Plague in India, 1896, 1897 - Volume 1
Year: 1896
Disease focus: Plague
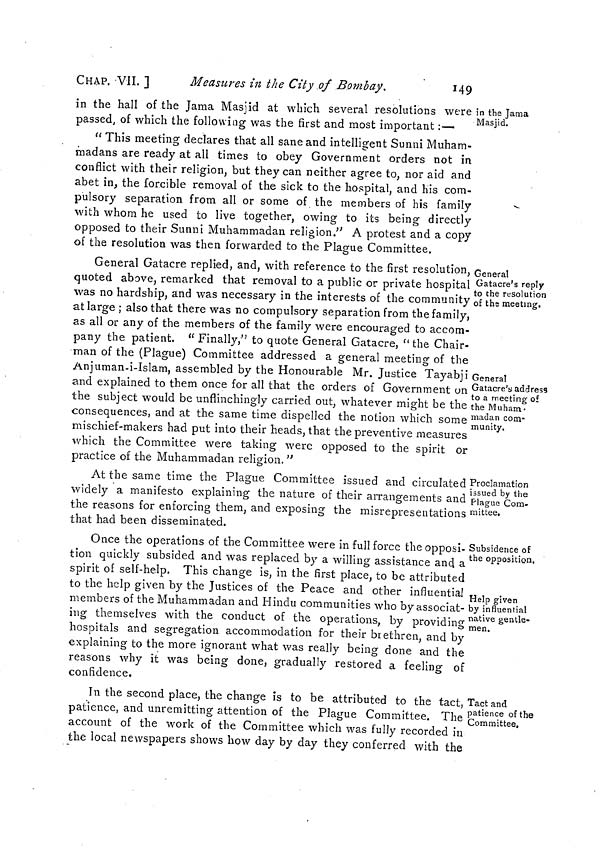
CHAP. VII. ]
Measures in the City of Bombay.
149
in the Jama
Masjid.
in the hall of the Jama Masjid at which several resolutions were
passed, of which the following was the first and most important :—
" This meeting declares that all sane and intelligent Sunni Muham-
madans are ready at all times to obey Government orders not in
conflict with their religion, but they can neither agree to, nor aid and
abet in, the forcible removal of the sick to the hospital, and his com-
pulsory separation from all or some of the members of his family
with whom he used to live together, owing to its being directly
opposed to their Sunni Muhammadan religion." A protest and a copy
of the resolution was then forwarded to the Plague Committee.
General
Gatacre's reply
to the resolution
of the meeting.
General
Gatacre's address
to a meeting of
the Muham-
madan com-
munity.
General Gatacre replied, and, with reference to the first resolution,
quoted above, remarked that removal to a public or private hospital
was no hardship, and was necessary in the interests of the community
at large ; also that there was no compulsory separation from the family,
as all or any of the members of the family were encouraged to accom-
pany the patient. " Finally," to quote General Gatacre, " the Chair-
man of the (Plague) Committee addressed a general meeting of the
Anjuman-i-Islam, assembled by the Honourable Mr. Justice Tayabji
and explained to them once for all that the orders of Government on
the subject would be unflinchingly carried out, whatever might be the
consequences, and at the same time dispelled the notion which some
mischief-makers had put into their heads, that the preventive measures
which the Committee were taking were opposed to the spirit or
practice of the Muhammadan religion. "
Proclamation
issued by the
Plague Com-
mittee.
At the same time the Plague Committee issued and circulated
widely a manifesto explaining the nature of their arrangements and
the reasons for enforcing them, and exposing the misrepresentations
that had been disseminated.
Subsidence of
the opposition.
Help given
by influential
native gentle-
men.
Once the operations of the Committee were in full force the opposi-
tion quickly subsided and was replaced by a willing assistance and a
spirit oí self-help. This change is, in the first place, to be attributed
to the help given by the Justices of the Peace and other influential
members of the Muhammadan and Hindu communities who by associat-
ing themselves with the conduct of the operations, by providing
hospitals and segregation accommodation for their brethren, and by
explaining to the more ignorant what was really being done and the
reasons why it was being done, gradually restored a feeling of
confidence.
Tact and
patience of the
Committee.
In the second place, the change is to be attributed to the tact,
patience, and unremitting attention of the Plague Committee. The
account of the work of the Committee which was fully recorded in
the local newspapers shows how day by day they conferred with the